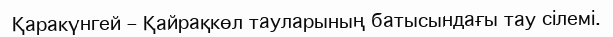
Қаракүнгей – Қайрақкөл тауларының батысындағы тау сілемі.